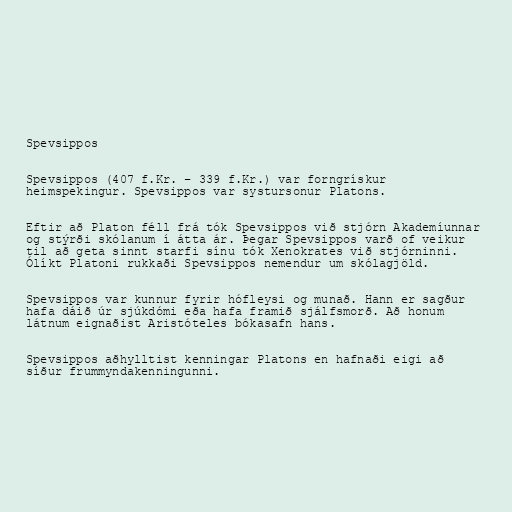
Spevsippos

Spevsippos (407 f.Kr. – 339 f.Kr.) var forngrískur
heimspekingur. Spevsippos var systursonur Platons.

Eftir að Platon féll frá tók Spevsippos við stjórn Akademíunnar
og stýrði skólanum í átta ár. Þegar Spevsippos varð of veikur
til að geta sinnt starfi sínu tók Xenokrates við stjórninni.
Ólíkt Platoni rukkaði Spevsippos nemendur um skólagjöld.

Spevsippos var kunnur fyrir hófleysi og munað. Hann er sagður
hafa dáið úr sjúkdómi eða hafa framið sjálfsmorð. Að honum
látnum eignaðist Aristóteles bókasafn hans.

Spevsippos aðhylltist kenningar Platons en hafnaði eigi að
síður frummyndakenningunni.